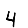
Digit: 4